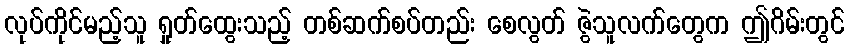
လုပ်ကိုင်မည့်သူ ရှုတ်ထွေးသည့် တစ်ဆက်စပ်တည်း စေလွတ် ဇွဲသူလက်တွေက ဤဂိမ်းတွင်